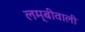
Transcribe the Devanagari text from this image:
लम्बीवाली